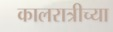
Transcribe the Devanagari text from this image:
कालरात्रीच्या